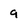
Character: 9